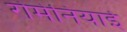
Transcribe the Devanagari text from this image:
रोमेनियाई